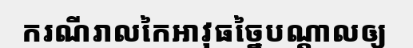
ករណីរាលកៃអាវុធច្នៃបណ្តាលឲ្យ